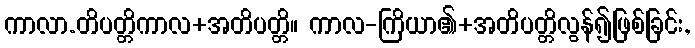
ကာလာ.တိပတ္တိကာလ+အတိပတ္တိ။ ကာလ-ကြိယာ၏+အတိပတ္တိလွန်၍ဖြစ်ခြင်း,